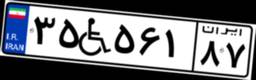
۳۵W۵۶۱۸۷